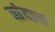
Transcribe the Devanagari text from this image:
बांदाच